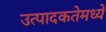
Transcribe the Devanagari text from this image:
उत्पादकतेमध्ये